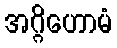
အဂ္ဂိဟောမံ